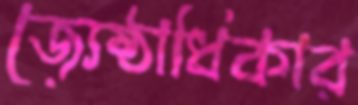
জ্যেষ্ঠাধিকার